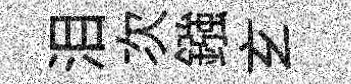
泪次鏹𤣥